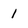
Character: 1